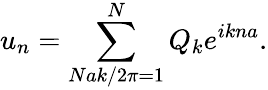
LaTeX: u_{n}=\sum_{Nak/2\pi=1}^{N}Q_{k}e^{ikna}.